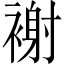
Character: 𧛼